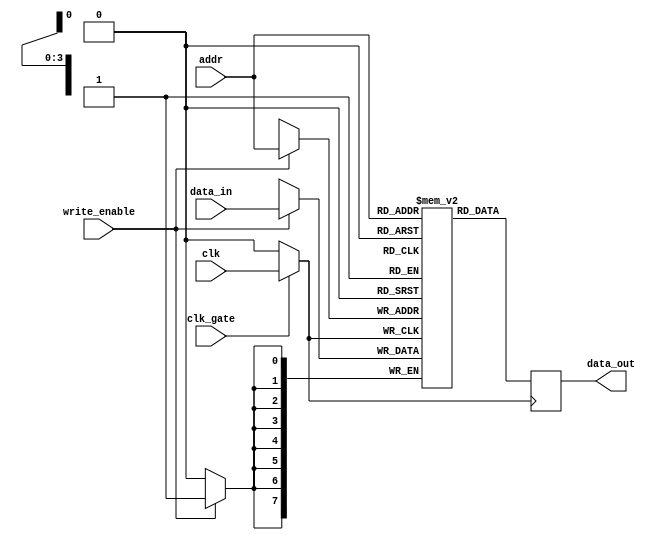
module memory_block (
    input wire clk,          // Global clock signal
    input wire clk_gate,     // Clock gating control signal
    input wire [7:0] data_in, // Data input
    input wire write_enable,  // Write enable signal
    input wire [3:0] addr,    // Address input
    output reg [7:0] data_out  // Data output
);

    // Memory array (e.g., 16 x 8-bit SRAM)
    reg [7:0] memory [0:15];

    // Gated clock signal
    wire gated_clk;

    // Transmission gate implementation for clock gating
    assign gated_clk = clk_gate ? clk : 1'b0;

    // Memory write operation
    always @(posedge gated_clk) begin
        if (write_enable) begin
            memory[addr] <= data_in; // Write data to memory
        end
    end

    // Memory read operation
    always @(posedge gated_clk) begin
        data_out <= memory[addr]; // Read data from memory
    end

endmodule